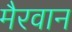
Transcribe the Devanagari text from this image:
मैरवान